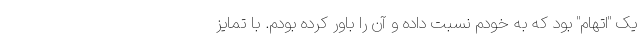
یک "اتهام" بود که به خودم نسبت داده و آن را باور کرده بودم. با تمایز